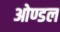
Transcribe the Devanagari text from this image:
ओण्डल